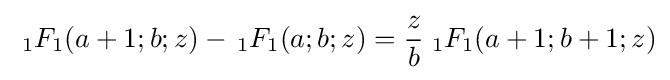
\;{}_{1}F_{1}(a+1;b;z)-\,{}_{1}F_{1}(a;b;z)={\frac {z}{b}}\;{}_{1}F_{1}(a+1;b+1;z)